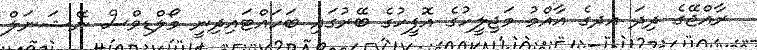
ރާއްޖޭގެ ދިދަ އދގެ އާއްމު މަޖިލީހުގެ އޮފީހުގެ ބޭރުގައި ބަހައްޓައިދިނީ މޯލްޑިވްސް ނޭޝަނަލް